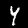
Digit: 4